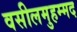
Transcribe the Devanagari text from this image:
वसीलमुहम्मद